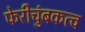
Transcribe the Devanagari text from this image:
फेरीचुंबकत्व